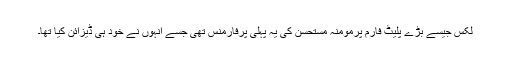
لکس جیسے بڑے پلیٹ فارم پرمومنہ مستحسن کی یہ پہلی پرفارمنس تھی جسے انہوں نے خود ہی ڈیزائن کیا تھا۔